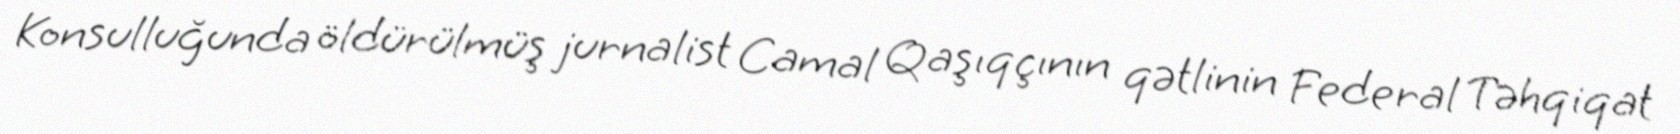
Konsulluğunda öldürülmüş jurnalist Camal Qaşıqçının qətlinin Federal Təhqiqat